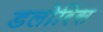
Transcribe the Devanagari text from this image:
डलोरिस